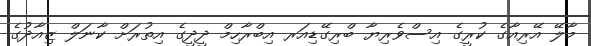
މާލޭ އޭރިއާގެ ކުރީގެ އިސްވެރިޔާ ބްރިގޭޑިއަރ އިބްރާހިމް ދީދީގެ އިތުރަށް ކާނަލް ޒިއާދުގެ